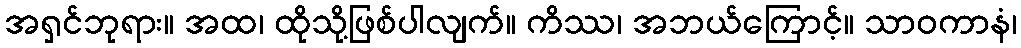
အရှင်ဘုရား။ အထ၊ ထိုသို့ဖြစ်ပါလျက်။ ကိဿ၊ အဘယ်ကြောင့်။ သာဝကာနံ၊